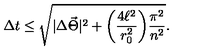
\Delta t \leq \sqrt { | \Delta \vec { \Theta } | ^ { 2 } + \biggl ( \frac { 4 \ell ^ { 2 } } { r _ { 0 } ^ { 2 } } \biggr ) \frac { \pi ^ { 2 } } { n ^ { 2 } } } .